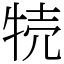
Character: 㸿